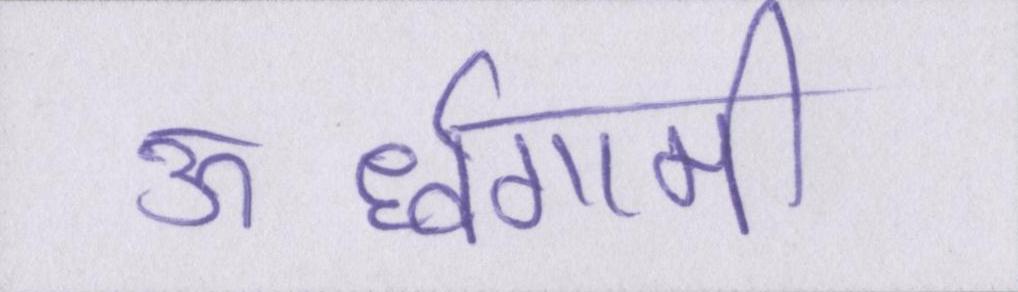
ऊर्ध्वगामी